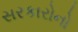
સરકારોનો